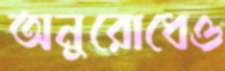
অনুরোধেও